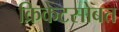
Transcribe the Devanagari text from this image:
क्रिकेटसोबत